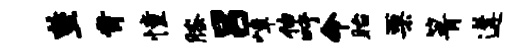
整肯憧膝吕嶂伸吁命眙栗箐遘